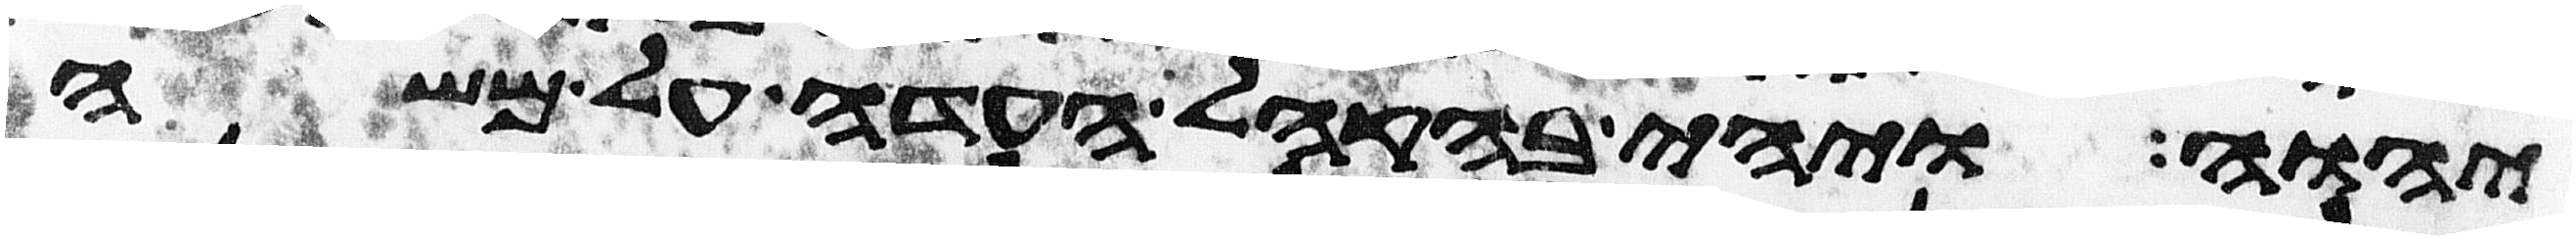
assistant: יהוה ויהי בהקהל העדה על משה